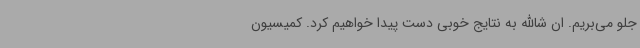
جلو می‌بریم. ان شاالله به نتایج خوبی دست پیدا خواهیم کرد. کمیسیون